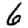
Digit: 6